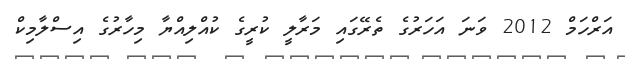
އަރްހަމް 2012 ވަނަ އަހަރުގެ ތެރޭގައި މަރާލީ ކުރީގެ ކުއްލިއްޔާ މިހާރުގެ އިސްލާމިކް